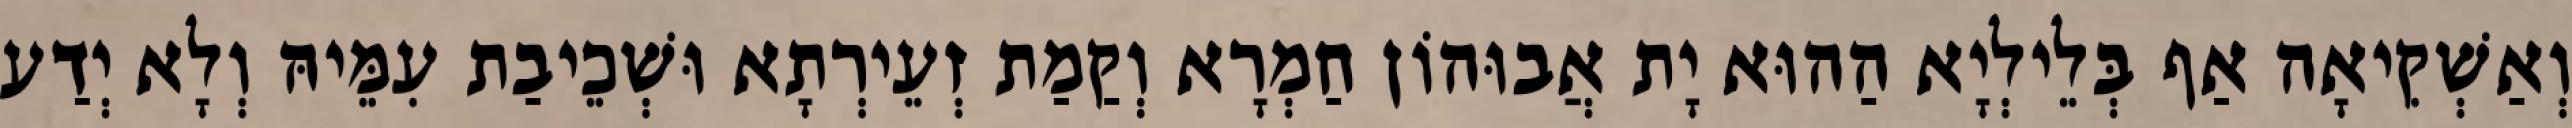
וְאַשְׁקִיאָה אַף בְּלֵילְיָא הַהוּא יָת אֲבוּהוֹן חַמְרָא וְקַמַת זְעֵירְתָא וּשְׁכֵיבַת עִמֵּיהּ וְלָא יְדַע